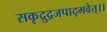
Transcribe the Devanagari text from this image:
सकृद्रुद्रजपाद्भवेत्।।